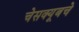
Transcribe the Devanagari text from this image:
चेसक्यूबचे